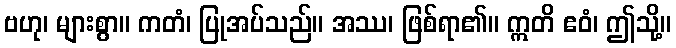
ဗဟု၊ များစွာ။ ကတံ၊ ပြုအပ်သည်။ အဿ၊ ဖြစ်ရာ၏။ ဣတိ ဧဝံ၊ ဤသို့။